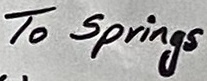
Text: To Springs